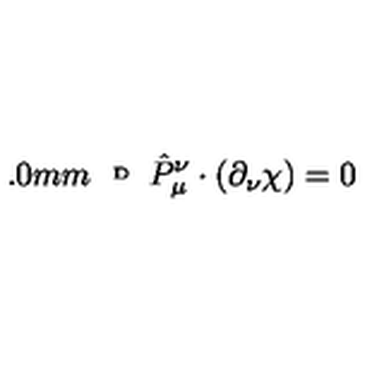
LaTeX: \raisebox { 2 . 0 m m } { { \tiny D } } \hat { P } _ { \mu } ^ { \nu } \cdot ( \partial _ { \nu } \chi ) = 0